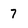
Character: 7